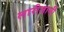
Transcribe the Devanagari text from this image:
लारीजानी